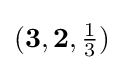
(\mathbf {3} ,\mathbf {2} ,\textstyle {\frac {1}{3}})